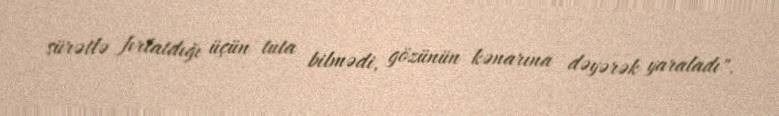
sürətlə fırlatdığı üçün tuta bilmədi, gözünün kənarına dəyərək yaraladı".